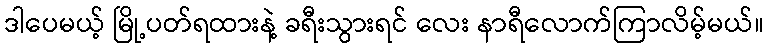
ဒါပေမယ့် မြို့ပတ်ရထားနဲ့ ခရီးသွားရင် လေး နာရီလောက်ကြာလိမ့်မယ်။